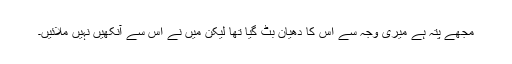
مجھے پتہ ہے میری وجہ سے اس کا دھیان بٹ گیا تھا لیکن میں نے اس سے آنکھیں نہیں ملائیں۔